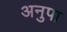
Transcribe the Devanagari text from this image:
अनुपा